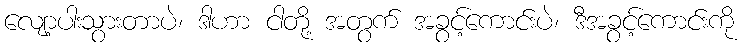
လျော့ပါးသွားတာပဲ၊ ဒါဟာ ငါတို့ အတွက် အခွင့်ကောင်းပဲ၊ ဒီအခွင့်ကောင်းကို